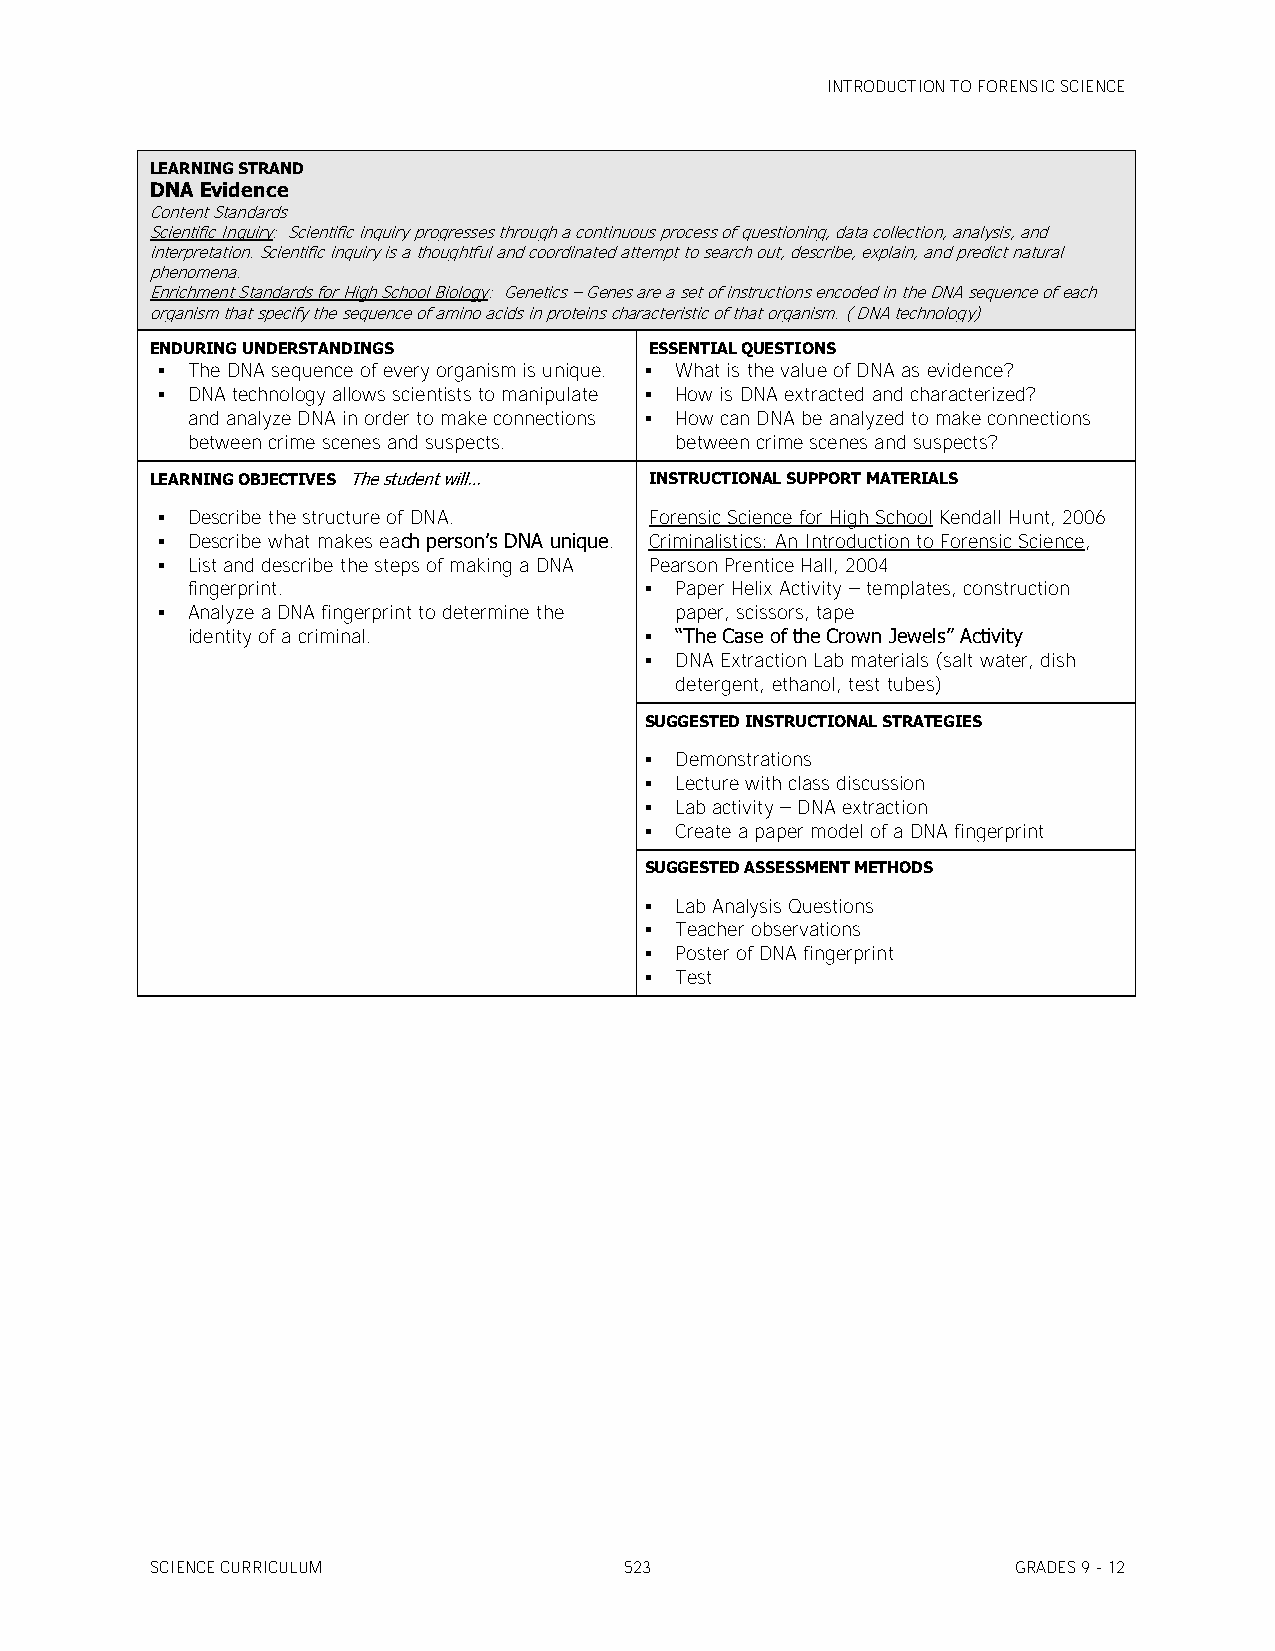
INTRODUCTION TO FORENSIC SCIENCE
 LEARNING STRAND
 DNA Evidence
 Content Standards
 Scientific Inquiry: Scientific inquiry progresses through a continuous process of questioning, data collection, analysis, and
 interpretation. Scientific inquiry is a thoughtful and coordinated attempt to search out, describe, explain, and predict natural
 phenomena.
 Enrichment Standards for High School Biology: Genetics – Genes are a set of instructions encoded in the DNA sequence of each
 organism that specify the sequence of amino acids in proteins characteristic of that organism. ( DNA technology)
 ENDURING UNDERSTANDINGS          ESSENTIAL QUESTIONS
  The DNA sequence of every organism is unique.  What is the value of DNA as evidence?
  DNA technology allows scientists to manipulate  How is DNA extracted and characterized?
 and analyze DNA in order to make connections  How can DNA be analyzed to make connections
 between crime scenes and suspects. between crime scenes and suspects?
 LEARNING OBJECTIVES The student will… INSTRUCTIONAL SUPPORT MATERIALS
  Describe the structure of DNA. Forensic Science for High School Kendall Hunt, 2006
  Describe what makes each person’s DNA unique. Criminalistics: An Introduction to Forensic Science,
  List and describe the steps of making a DNA Pearson Prentice Hall, 2004
 fingerprint.                    Paper Helix Activity – templates, construction
  Analyze a DNA fingerprint to determine the paper, scissors, tape
 identity of a criminal.         ―The Case of the Crown Jewels‖ Activity
  DNA Extraction Lab materials (salt water, dish
 detergent, ethanol, test tubes)
 SUGGESTED INSTRUCTIONAL STRATEGIES
  Demonstrations
  Lecture with class discussion
  Lab activity – DNA extraction
  Create a paper model of a DNA fingerprint
 SUGGESTED ASSESSMENT METHODS
  Lab Analysis Questions
  Teacher observations
  Poster of DNA fingerprint
  Test
 SCIENCE CURRICULUM             523                       GRADES 9 - 12